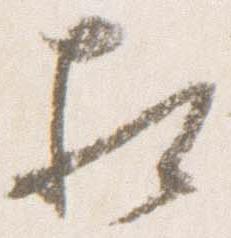
相